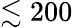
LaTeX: \lesssim 200